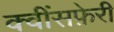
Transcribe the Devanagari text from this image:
क्वींसफ़ेरी